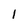
Character: l